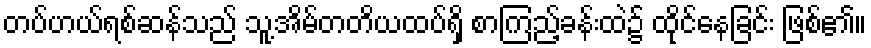
တပ်ဟယ်ရစ်ဆန်သည် သူ့အိမ်တတိယထပ်ရှိ စာကြည့်ခန်းထဲ၌ ထိုင်နေခြင်း ဖြစ်၏။